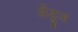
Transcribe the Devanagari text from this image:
अँड्रूज